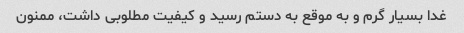
غدا بسیار گرم و به موقع به دستم رسید و کیفیت مطلوبی داشت، ممنون